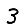
Digit: 3